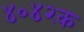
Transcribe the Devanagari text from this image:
४०४२क